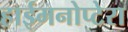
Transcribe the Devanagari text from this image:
हाईमनोप्टेरा